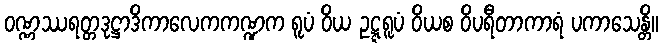
ဝဏ္ဏဿရတ္တဒုဋ္ဌာဒိကာလေကကဏ္ဍက ရူပံ ဝိယ ဥဋ္ဋရူပံ ဝိယစ ဝိပရီတာကာရံ ပကာသေန္တိ။